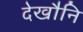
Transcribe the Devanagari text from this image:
देखौनि